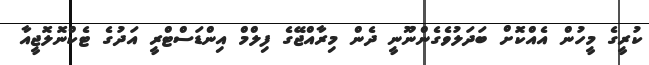
ކުރީގެ މީހުން އެއްކޮށް ބަދަލުވެގެންނޫނީ ދެން މިރާއްޖޭގެ ފިލްމް އިންޑަސްޓްރީ އަދުގެ ޓެކްނޮލޮޖީއާ